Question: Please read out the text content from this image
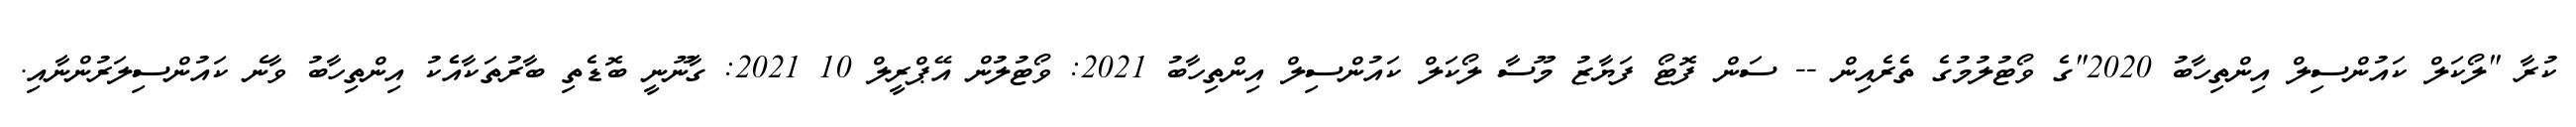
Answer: ކުރާ "ލޯކަލް ކައުންސިލް އިންތިހާބު 2020"ގެ ވޯޓުލުމުގެ ތެރެއިން -- ސަން ފޮޓޯ ފަޔާޒު މޫސާ ލޯކަލް ކައުންސިލް އިންތިހާބު 2021: ވޯޓުލުން އޭޕްރީލް 10 2021: ގާނޫނީ ބޮޑެތި ބާރުތަކާއެެކު އިންތިހާބު ވާނެ ކައުންސިލަރުންނާއި.